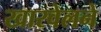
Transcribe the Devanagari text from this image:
खारवेलने